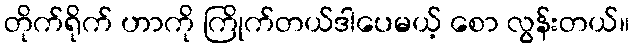
တိုက်ရိုက် ဟာကို ကြိုက်တယ်ဒါပေမယ့် စော လွန်းတယ်။